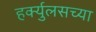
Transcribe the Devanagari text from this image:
हर्क्युलसच्या